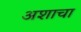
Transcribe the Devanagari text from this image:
अशाचा